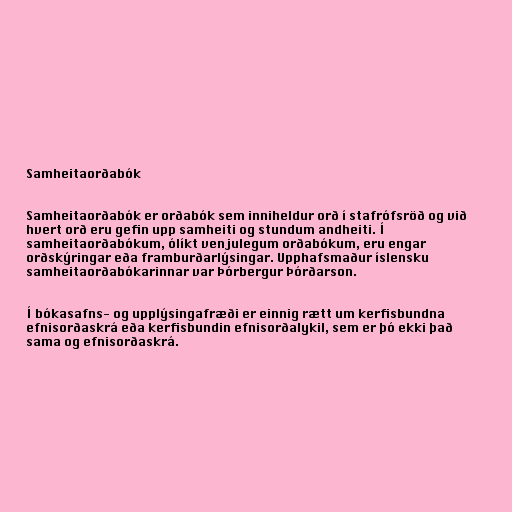
Samheitaorðabók

Samheitaorðabók er orðabók sem inniheldur orð í stafrófsröð og við
hvert orð eru gefin upp samheiti og stundum andheiti. Í
samheitaorðabókum, ólíkt venjulegum orðabókum, eru engar
orðskýringar eða framburðarlýsingar. Upphafsmaður íslensku
samheitaorðabókarinnar var Þórbergur Þórðarson.

Í bókasafns- og upplýsingafræði er einnig rætt um kerfisbundna
efnisorðaskrá eða kerfisbundin efnisorðalykil, sem er þó ekki það
sama og efnisorðaskrá.